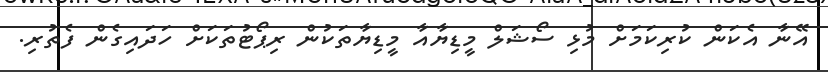
އޭނާ އެކަން ކުރިކަމަށް މުޅި ސޯޝަލް މީޑިޔާއާ މީޑިޔާތަކުން ރިޕޯޓުތަކަށް ހަދައިގެން ފެތުރި.